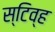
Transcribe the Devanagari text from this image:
स्टिव्ह